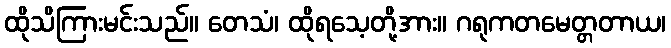
ထိုသိကြားမင်းသည်။ တေသံ၊ ထိုရသေ့တို့အား။ ဂရုကတမေတ္တတာယ၊